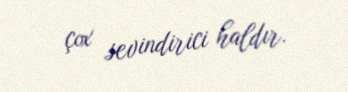
çox sevindirici haldır.